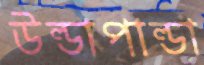
উল্ডাপাল্ডা